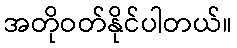
အတိုဝတ်နိုင်ပါတယ်။